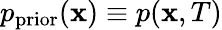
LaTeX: p_{\mathrm{prior}}(\mathbf{x})\equiv p(\mathbf{x},T)